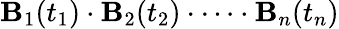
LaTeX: \mathbf{B}_{1}(t_{1})\cdot\mathbf{B}_{2}(t_{2})\cdot\dots\cdot\mathbf{B}_{n}(t_{n})